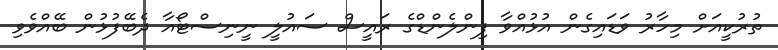
ތުރުކީއަށް މިހާރު ވަޑައިގެން އުޅުއްވާ ފިންލެންޑްގެ ރައީސް ސައުލީ ނީނިސްޓޯއާ ދެބޭފުޅުން ބޭއްވެވި